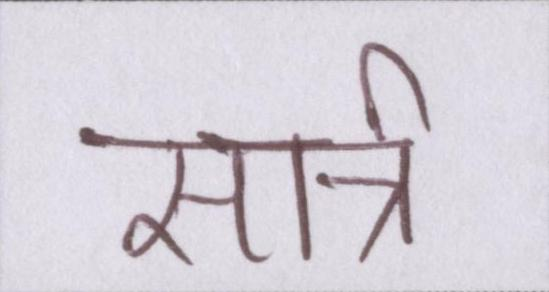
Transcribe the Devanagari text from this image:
सार्त्र